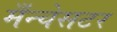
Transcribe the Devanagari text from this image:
मँन्चेसटर